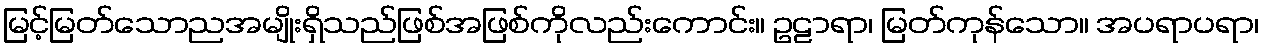
မြင့်မြတ်သောညအမျိုးရှိသည်ဖြစ်အဖြစ်ကိုလည်းကောင်း။ ဥဠာရာ၊ မြတ်ကုန်သော။ အပရာပရာ၊